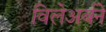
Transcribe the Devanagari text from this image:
विलेअर्बने